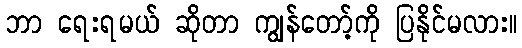
ဘာ ရေးရမယ် ဆိုတာ ကျွန်တော့်ကို ပြနိုင်မလား။